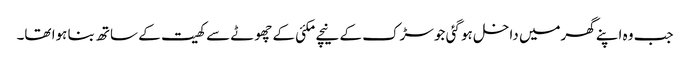
جب وہ اپنے گھرمیں داخل ہو گئی جو سڑک کے نیچے مکئی کے چھوٹے سے کھیت کے ساتھ بنا ہوا تھا۔